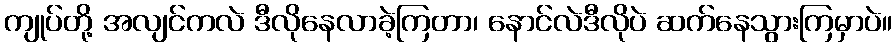
ကျုပ်တို့ အလျင်ကလဲ ဒီလိုနေလာခဲ့ကြတာ၊ နောင်လဲဒီလိုပဲ ဆက်နေသွားကြမှာပဲ။